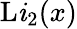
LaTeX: \operatorname{L\mathit{i}}_{2}(x)